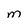
Character: M